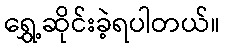
ရွှေ့ဆိုင်းခဲ့ရပါတယ်။